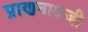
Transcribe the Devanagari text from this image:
प्राणनाथजी